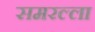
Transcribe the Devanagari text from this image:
समरल्ला